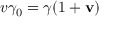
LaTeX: v \gamma _ { 0 } = \gamma ( 1 + \mathbf { v } )